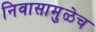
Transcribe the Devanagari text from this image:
निवासामुळेच